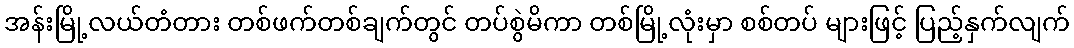
အန်းမြို့လယ်တံတား တစ်ဖက်တစ်ချက်တွင် တပ်စွဲမိကာ တစ်မြို့လုံးမှာ စစ်တပ် များဖြင့် ပြည့်နှက်လျက်